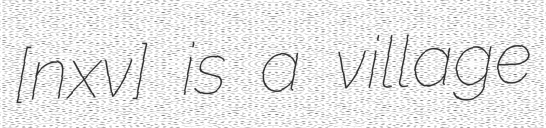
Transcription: [nɔˈxɔvɔ] is a village